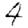
Digit: 4